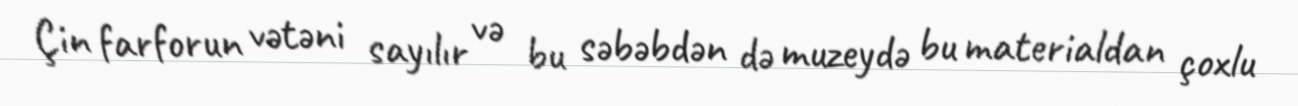
Çin farforun vətəni sayılır və bu səbəbdən də muzeydə bu materialdan çoxlu